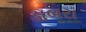
ડાબરા